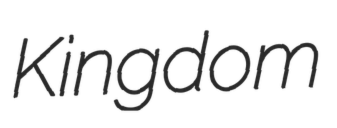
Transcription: Kingdom